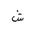
Letter: _shin